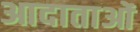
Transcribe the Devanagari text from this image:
आदाताओं